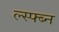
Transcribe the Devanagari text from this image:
ल्स्फ्ब्न